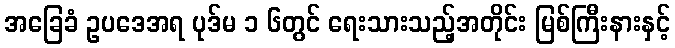
အခြေခံ ဥပဒေအရ ပုဒ်မ ၁ ၆တွင် ရေးသားသည့်အတိုင်း မြစ်ကြီးနားနှင့်